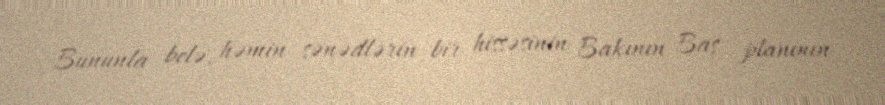
Bununla belə, həmin sənədlərin bir hissəsinin Bakının Baş planının